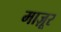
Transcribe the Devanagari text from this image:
माज़ूर